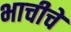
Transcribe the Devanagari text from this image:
भाचीचे